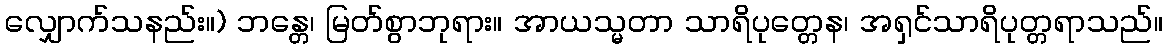
လျှောက်သနည်း။) ဘန္တေ၊ မြတ်စွာဘုရား။ အာယသ္မတာ သာရိပုတ္တေန၊ အရှင်သာရိပုတ္တရာသည်။